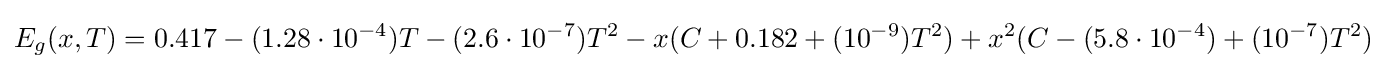
E_{g}(x,T)=0.417-(1.28\cdot 10^{-4})T-(2.6\cdot 10^{-7})T^{2}-x(C+0.182+(10^{-9})T^{2})+x^{2}(C-(5.8\cdot 10^{-4})+(10^{-7})T^{2})